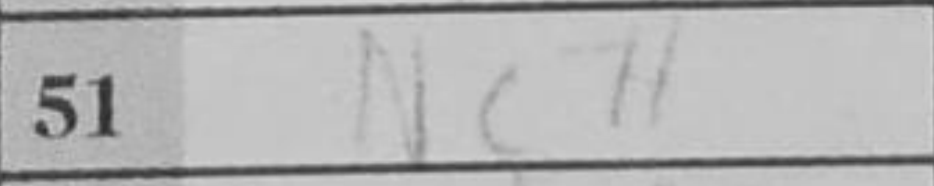
Transcription: Nc7+